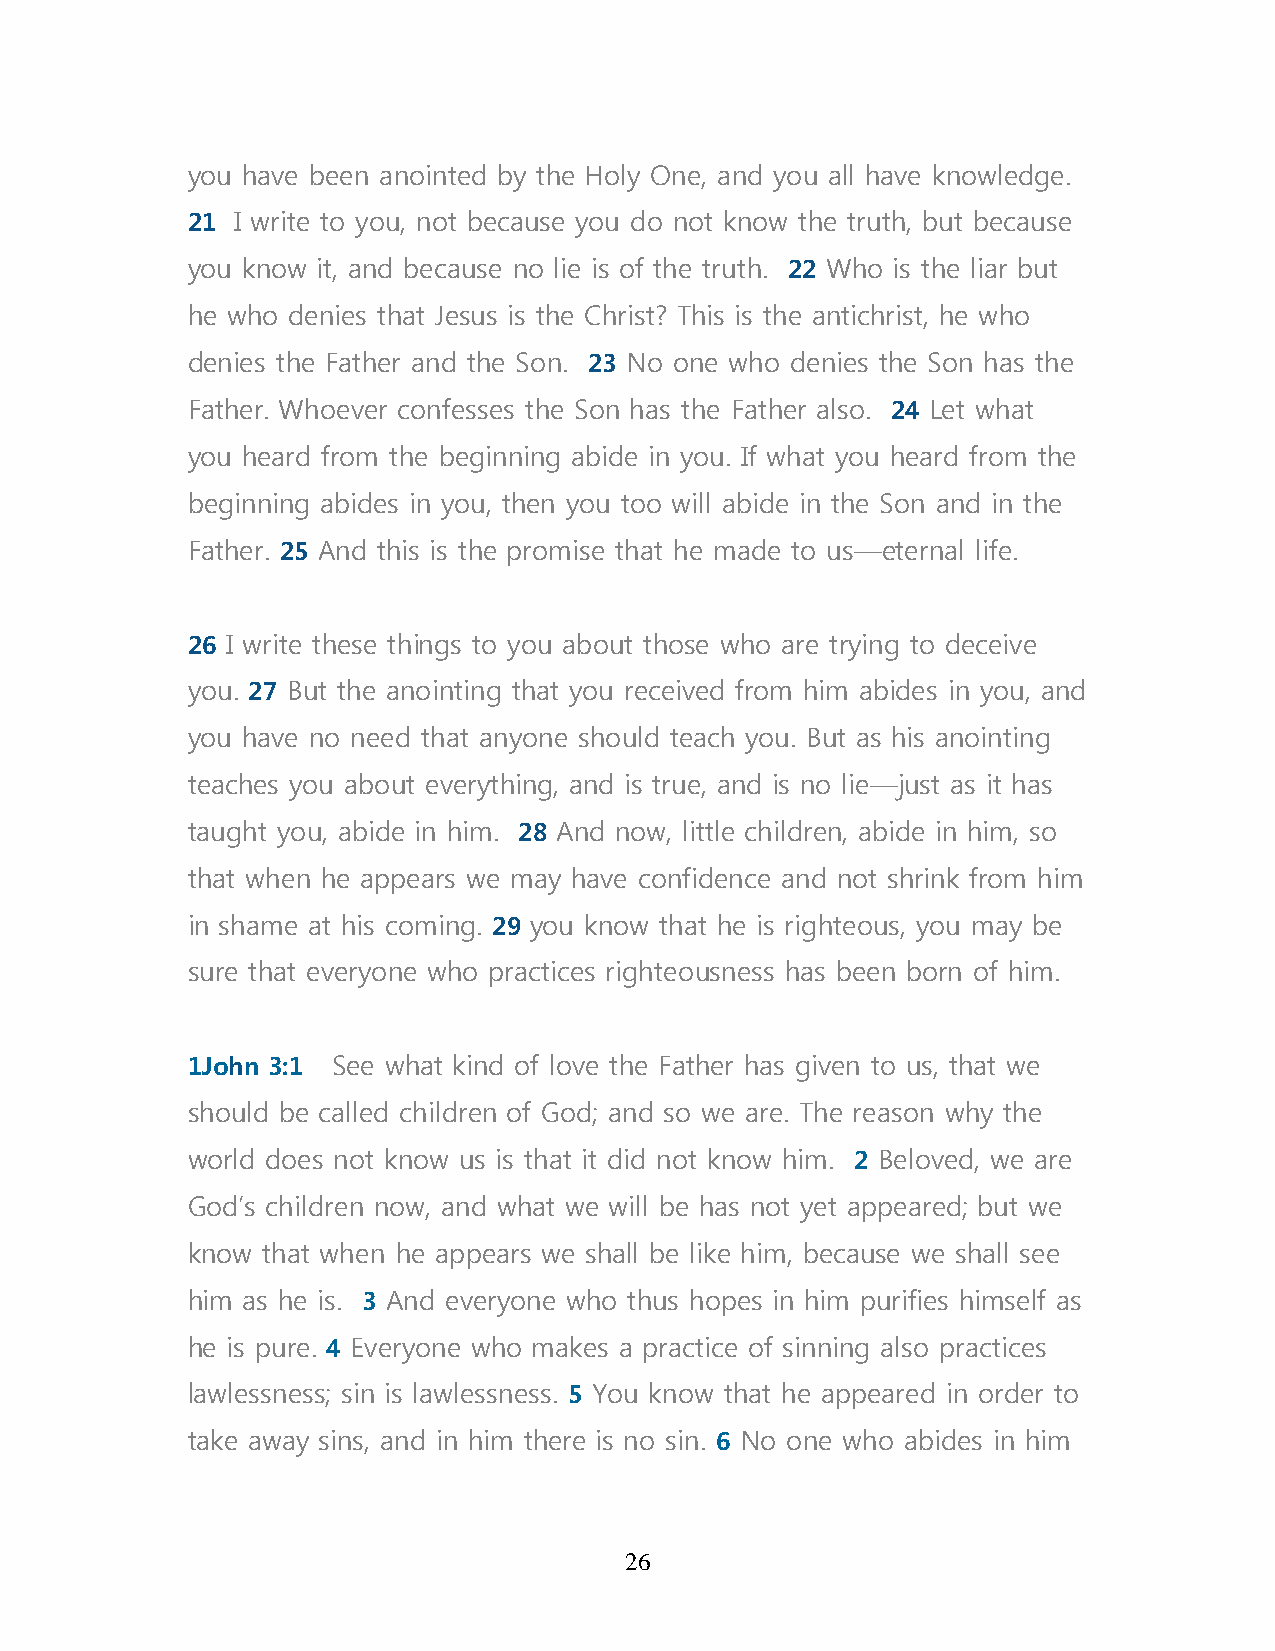
you have been anointed by the Holy One, and you all have knowledge.
 21 I write to you, not because you do not know the truth, but because
 you know it, and because no lie is of the truth. 22 Who is the liar but
 he who denies that Jesus is the Christ? This is the antichrist, he who
 denies the Father and the Son. 23 No one who denies the Son has the
 Father. Whoever confesses the Son has the Father also. 24 Let what
 you heard from the beginning abide in you. If what you heard from the
 beginning abides in you, then you too will abide in the Son and in the
 Father. 25 And this is the promise that he made to us—eternal life.
 26 I write these things to you about those who are trying to deceive
 you. 27 But the anointing that you received from him abides in you, and
 you have no need that anyone should teach you. But as his anointing
 teaches you about everything, and is true, and is no lie—just as it has
 taught you, abide in him. 28 And now, little children, abide in him, so
 that when he appears we may have confidence and not shrink from him
 in shame at his coming. 29 you know that he is righteous, you may be
 sure that everyone who practices righteousness has been born of him.
 1John 3:1 See what kind of love the Father has given to us, that we
 should be called children of God; and so we are. The reason why the
 world does not know us is that it did not know him. 2 Beloved, we are
 God’s children now, and what we will be has not yet appeared; but we
 know that when he appears we shall be like him, because we shall see
 him as he is. 3 And everyone who thus hopes in him purifies himself as
 he is pure. 4 Everyone who makes a practice of sinning also practices
 lawlessness; sin is lawlessness. 5 You know that he appeared in order to
 take away sins, and in him there is no sin. 6 No one who abides in him
 26